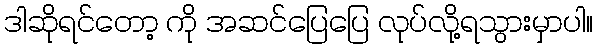
ဒါဆိုရင်တော့ ကို အဆင်ပြေပြေ လုပ်လို့ရသွားမှာပါ။